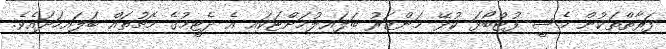
ފަރާތްތަކުން މެސީ ފުޓްބޯޅަ ކުޅޭ މަންޒަރު ބަލައިލުމަށްޓަކައި އެ ދެޓީމުގެ މެޗުތައް ބަލައިހަދައެވެ.